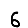
Digit: 6